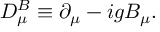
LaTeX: D _ { \mu } ^ { B } \equiv \partial _ { \mu } - i g B _ { \mu } .